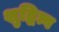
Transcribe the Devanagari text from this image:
शुद्धित्व